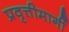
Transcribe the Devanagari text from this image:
प्रवृत्तीमार्गी